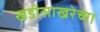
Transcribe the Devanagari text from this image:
खडीसाखरेच्या